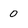
Character: 0